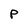
Character: P